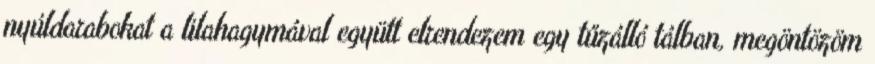
nyúldarabokat a lilahagymával együtt elrendezem egy tűzálló tálban, megöntözöm